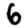
Digit: 6